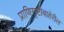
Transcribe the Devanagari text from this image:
प्राणिसृष्टीबाहेरील